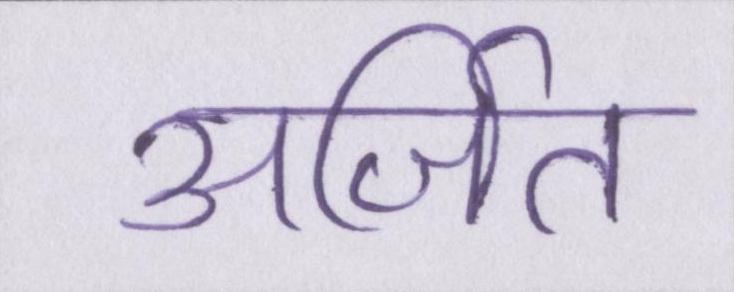
अर्जित